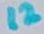
Text: 12